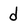
Character: d